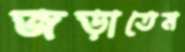
জড়াতেম